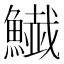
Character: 𩻅